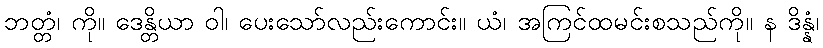
ဘတ္တံ၊ ကို။ ဒေန္တိယာ ဝါ၊ ပေးသော်လည်းကောင်း။ ယံ၊ အကြင်ထမင်းစသည်ကို။ န ဒိန္နံ၊